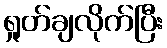
ရှုတ်ချလိုက်ပြီး